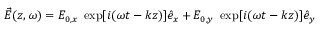
\vec { E } ( z , \omega ) = E _ { 0 , x } ~ \exp [ i ( \omega t - k z ) ] \hat { e } _ { x } + E _ { 0 , y } ~ \exp [ i ( \omega t - k z ) ] \hat { e } _ { y }